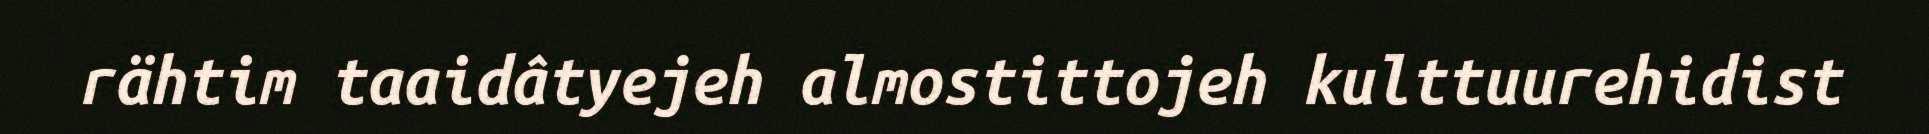
rähtim taaidâtyejeh almostittojeh kulttuurehidist